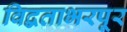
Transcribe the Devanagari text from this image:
विद्वताभरपूर